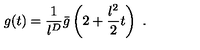
g ( t ) = \frac { 1 } { l ^ { D } } \bar { g } \left( 2 + \frac { l ^ { 2 } } { 2 } t \right) \ .